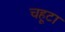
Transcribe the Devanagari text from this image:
चहूटा